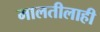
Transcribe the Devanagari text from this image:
मालतीलाही